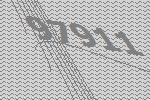
97911